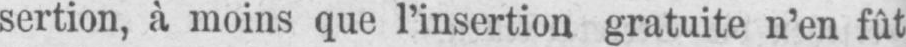
sertion, à moins que l’insertion gratuite n’en fût